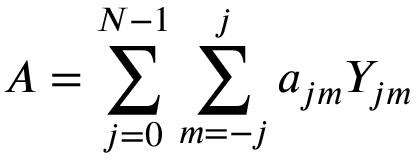
A = \sum _ { j = 0 } ^ { N - 1 } \sum _ { m = - j } ^ { j } a _ { j m } Y _ { j m }